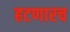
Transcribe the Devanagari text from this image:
हटणारच